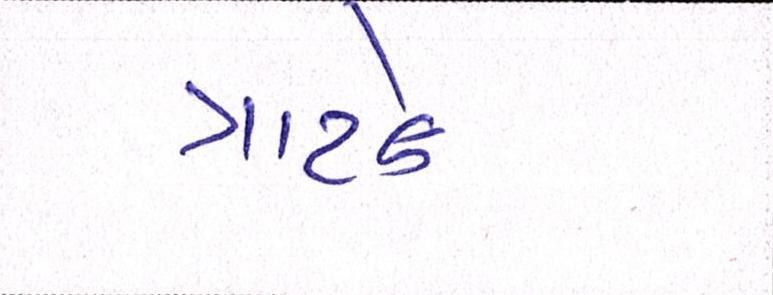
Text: ત્રાટકે